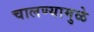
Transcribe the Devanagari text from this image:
चालण्यामुळे